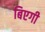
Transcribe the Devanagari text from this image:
बिएगी